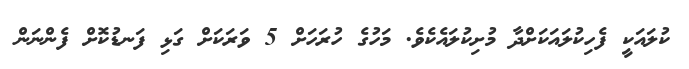
ކުލައަކީ ފެހިކުލައަކަށްދާ މުށިކުލައެކެވެ. މަހުގެ ހުރަހަށް 5 ވަރަކަށް ގަޅި ފަނޑުކޮށް ފެންނަން